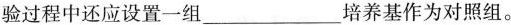
验过程中还应设置一组___培养基作为对照组。